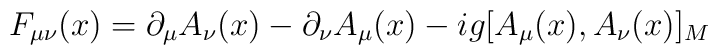
F_{\mu\nu}(x)=\partial_{\mu}A_{\nu}(x)-\partial_{\nu}A_{\mu}(x)-ig[A_{\mu}(x),A_{\nu}(x)]_{M}